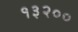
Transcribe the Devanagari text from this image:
१३२००